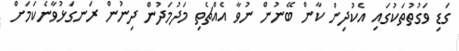
ގަޑި ވަގުތުތަކުގައި އެކުދިން ކާން ބޭނުން ނުވާ އެއްޗެތި މަދުމަދުން ދިނުން ރަނގަޅުވާނެކަމަށް